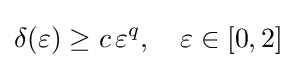
\delta (\varepsilon )\geq c\,\varepsilon ^{q},\quad \varepsilon \in [0,2]